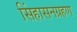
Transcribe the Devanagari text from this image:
सिंहासनग्रहण